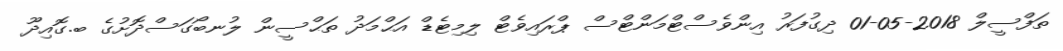
ތަފްސީލް 2018-05-01 ދިގުފަރު އިންވެސްޓްމަންޓްސް ޕްރައިވެޓް ލިމިޓެޑް އަޙްމަދު ތަޙްސީން ލުނބޯގަސްދޮށުގެ ބ.ގޮއިދޫ